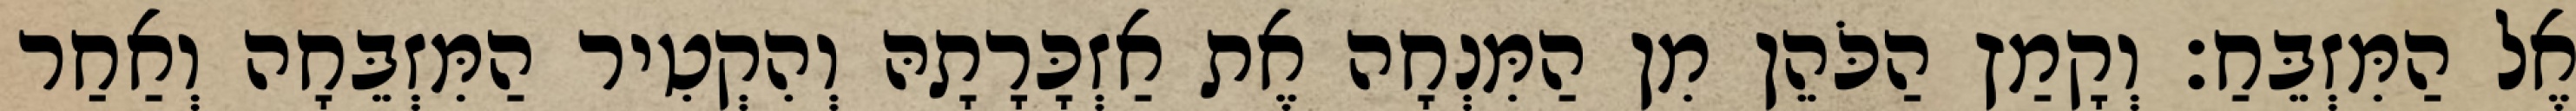
אֶל הַמִּזְבֵּחַ׃ וְקָמַץ הַכֹּהֵן מִן הַמִּנְחָה אֶת אַזְכָּרָתָהּ וְהִקְטִיר הַמִּזְבֵּחָה וְאַחַר